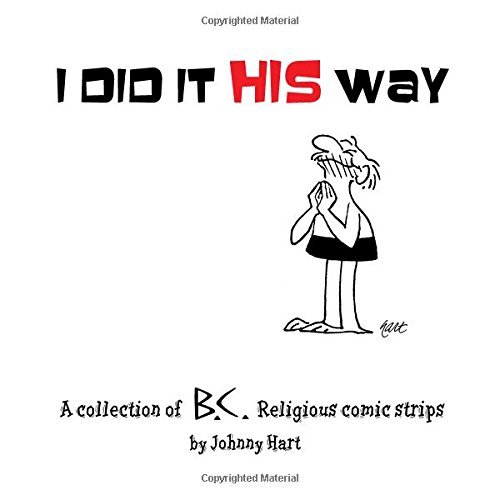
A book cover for I Did It His Way: A Collection of Classic B.C. Religious Comic Strips; Johnny Hart; Humor & Entertainment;